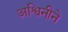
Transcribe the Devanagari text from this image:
अश्विनीने